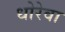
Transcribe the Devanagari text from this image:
धोरेवा